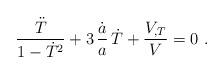
LaTeX: \begin{align*} \frac{\ddot T }{1-\dot T^2}+ 3\, \frac{\dot a}{a}\, \dot T+ \frac{V_{,T}}{V} = 0\ .\end{align*}